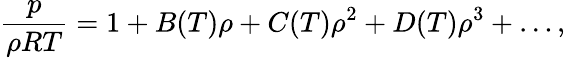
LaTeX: \frac{p}{\rho RT}=1+B(T)\rho+C(T)\rho^{2}+D(T)\rho^{3}+\ldots,